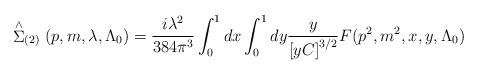
LaTeX: \begin{align*}\stackrel{\wedge }{\Sigma }_{(2)}(p,m,\lambda ,\Lambda _0)=\frac{i\lambda ^2}{384\pi ^3}\int_0^1dx\int_0^1dy\frac y{\left[ yC\right] ^{3/2}}F(p^2,m^2,x,y,\Lambda _0) \end{align*}